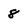
Character: 8